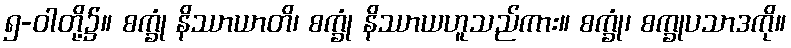
၅-ဝါတို့၌။ စက္ခုံ နိဿာယာတိ၊ စက္ခုံ နိဿာယဟူသည်ကား။ စက္ခုံ၊ စက္ခုပသာဒကို။